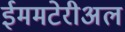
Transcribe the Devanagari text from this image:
ईममटेरीअल